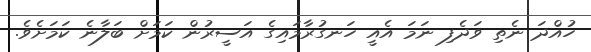
ހުއްދަ ނެތި ވަދެފި ނަމަ އެއީ ހަނގުރާމައިގެ އަސީރުން ކަމަށް ބަލާނެ ކަމަށެވެ.